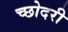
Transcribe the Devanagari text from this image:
च्छोदरी